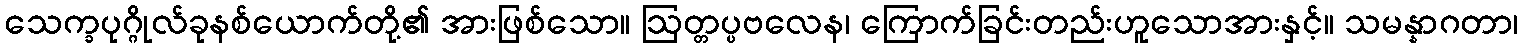
သေက္ခပုဂ္ဂိုလ်ခုနစ်ယောက်တို့၏ အားဖြစ်သော။ ဩတ္တပ္ပဗလေန၊ ကြောက်ခြင်းတည်းဟူသောအားနှင့်။ သမန္နာဂတာ၊